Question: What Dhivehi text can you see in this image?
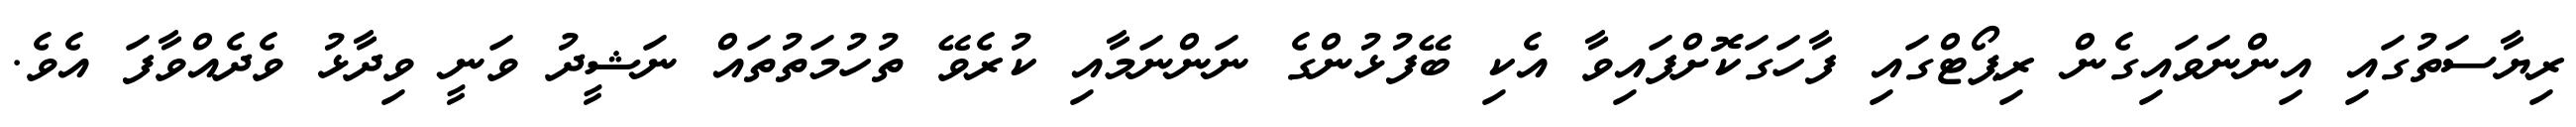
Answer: ރިޔާސަތުގައި އިންނަވައިގެން ރިޕޯޓްގައި ފާހަގަކޮށްފައިވާ އެކި ބޭފުޅުންގެ ނަންނަމާއި ކުރެވޭ ތުހުމަތުތައް ނަޝީދު ވަނީ ވިދާޅު ވެދެއްވާފަ އެވެ.